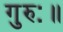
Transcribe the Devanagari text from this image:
गुरुः॥